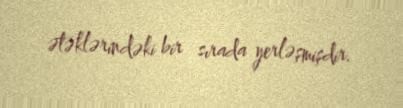
ətəklərindəki bir sırada yerləşmişdir.